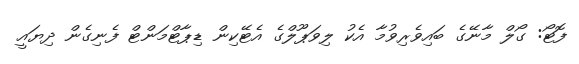
ފޮޓޯ: ގޯލް މާނޭގެ ބައިވެރިވުމާ އެކު ލިވަޕޫލްގެ އެޓޭކިން ޑިޕާޓްމަންޓް ފެނިގެން ދިޔައީ